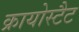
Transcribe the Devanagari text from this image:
क्रायोस्टैट